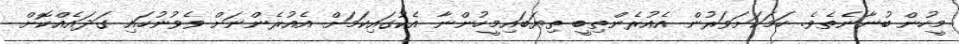
މީހުން ބުނާނެތެވެ. ހަމަކަށަވަރުން އެއުރެންތިބީ ތިޔަބައިމީހުންނާ އެކުގައިކަމަށް އެއުރެންނަށް ވެވުނުހައި ގަދައެއްކޮށް